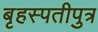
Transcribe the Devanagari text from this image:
बृहस्पतीपुत्र